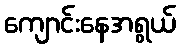
ကျောင်းနေအရွယ်